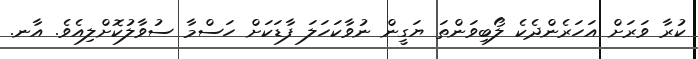
ކުރާ ވަރަށް އަހަރެންދެކެ ލޯބިވަންތަ ޔަގީން ނުވާކަހަލަ ފާޑަކަށް ހަސްމާ ސުވާލުކޮށްލިއެވެ. އާނ.